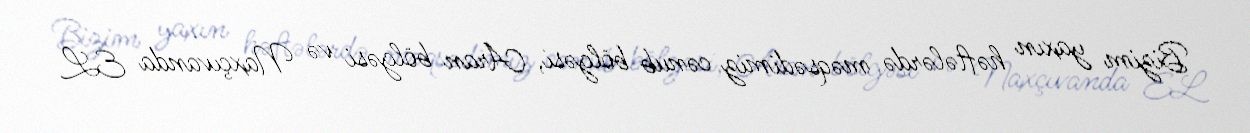
Bizim yaxın həftələrdə məqsədimiz cənub bölgəsi, Aran bölgəsi və Naxçıvanda EL